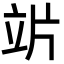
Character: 𥩜